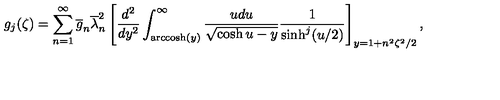
g _ { j } ( \zeta ) = \sum _ { n = 1 } ^ { \infty } \overline { { g } } _ { n } \overline { { \lambda } } _ { n } ^ { 2 } \left[ \frac { d ^ { 2 } } { d y ^ { 2 } } \int _ { \mathrm { a r c c o s h } ( \large { y } ) } ^ { \infty } \frac { u d u } { \sqrt { \cosh u - y } } \frac { 1 } { \sinh ^ { j } ( u / 2 ) } \right] _ { y = 1 + n ^ { 2 } \zeta ^ { 2 } / 2 } ,